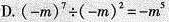
D. $$(-m)^{2} \div (-m)^{2}=-m^{5}$$